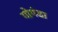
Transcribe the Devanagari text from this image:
गोगंडा